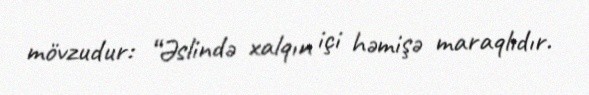
mövzudur: “Əslində xalqın içi həmişə maraqlıdır.